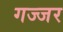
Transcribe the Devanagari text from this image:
गज्जर